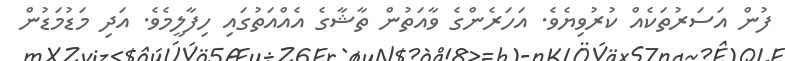
ފުން އަސަރުތަކެއް ކުރުވިޔެވެ. އަހަރެންގެ ވާއަތުން ތާޝާގެ އެއްއަތުގައި ހިފާލީމެވެ. އަދި މަޑުމަޑުން